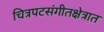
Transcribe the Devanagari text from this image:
चित्रपटसंगीतक्षेत्रात